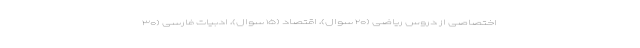
اختصاصی از دروس ریاضی (۲۰ سوال)، اقتصاد (۱۵ سوال)، ادبیات فارسی (۳۰